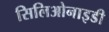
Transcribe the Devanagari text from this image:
सिलिओनाइडी